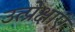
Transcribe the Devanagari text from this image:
उत्प्रेक्षाएं